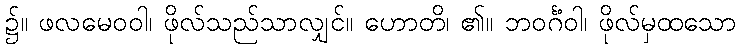
၌။ ဖလမေဝဝါ၊ ဖိုလ်သည်သာလျှင်။ ဟောတိ၊ ၏။ ဘဝင်္ဂံဝါ၊ ဖိုလ်မှထသော